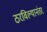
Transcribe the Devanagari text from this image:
ठरविल्यानंतर